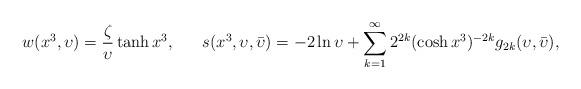
LaTeX: \begin{align*}w(x^{3}, \upsilon)= \frac{\zeta}{\upsilon}\tanh x^{3},~~~~~s(x^{3},\upsilon,\bar{\upsilon})=-2 \ln{\upsilon}+ \sum_{k=1}^{\infty}2^{2k} (\cosh{x^{3}})^{-2k}g_{2k}(\upsilon,\bar{\upsilon}),\end{align*}